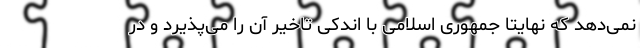
نمی‌دهد که نهایتا جمهوری اسلامی با اندکی تاخیر آن را می‌پذیرد و در